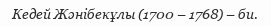
Кедей Жәнібекұлы (1700 – 1768) – би.